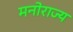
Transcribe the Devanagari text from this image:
मनोराज्य